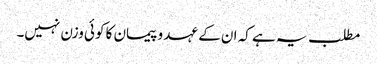
مطلب یہ ہے کہ ان کے عہد و پیمان کا کوئی وزن نہیں۔